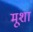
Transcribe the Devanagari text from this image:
मूशा